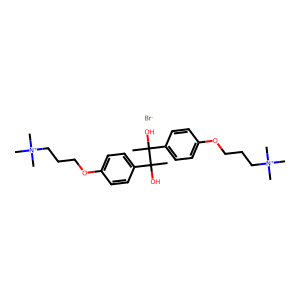
SMILES: CC(O)(c1ccc(OCCC[N+](C)(C)C)cc1)C(C)(O)c1ccc(OCCC[N+](C)(C)C)cc1.[Br-]
Inhibits HIV replication: No